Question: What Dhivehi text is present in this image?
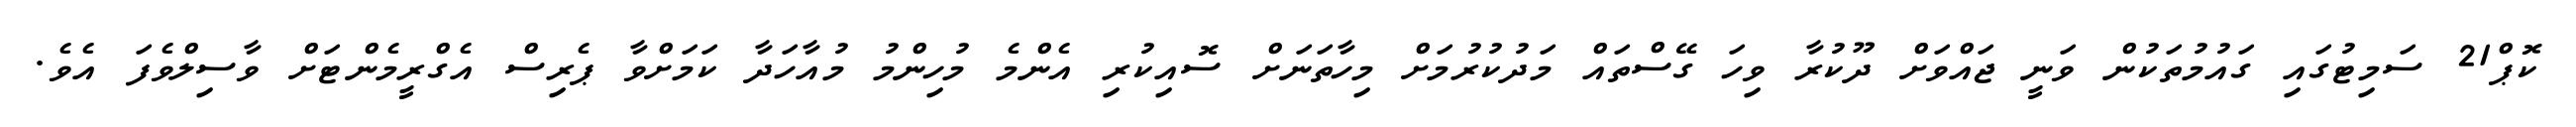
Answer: ކޮޕް21 ސަމިޓުގައި ގައުމުތަކުން ވަނީ ޖައްވަށް ދޫކުރާ ވިހަ ގޭސްތައް މަދުކުރުމަށް މިހާތަނަށް ސޮއިކުރި އެންމެ މުހިންމު މުއާހަދާ ކަމަށްވާ ޕެރިސް އެގްރީމެންޓަށް ވާސިލްވެފަ އެވެ.